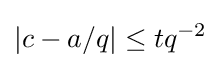
|c-a/q|\leq tq^{-2}